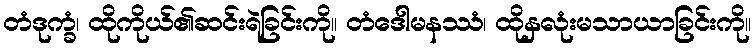
တံဒုက္ခံ၊ ထိုကိုယ်၏ဆင်းရဲခြင်းကို။ တံဒေါမနဿံ၊ ထိုနှလုံးမသာယာခြင်းကို။